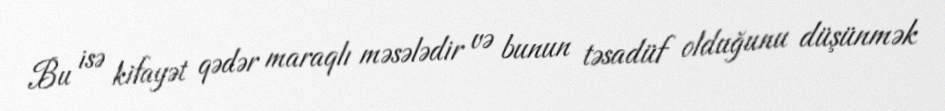
Bu isə kifayət qədər maraqlı məsələdir və bunun təsadüf olduğunu düşünmək